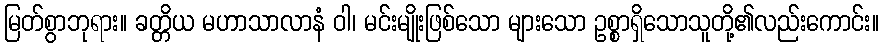
မြတ်စွာဘုရား။ ခတ္တိယ မဟာသာလာနံ ဝါ၊ မင်းမျိုးဖြစ်သော များသော ဥစ္စာရှိသောသူတို့၏လည်းကောင်း။